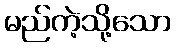
မည်ကဲ့သို့သော